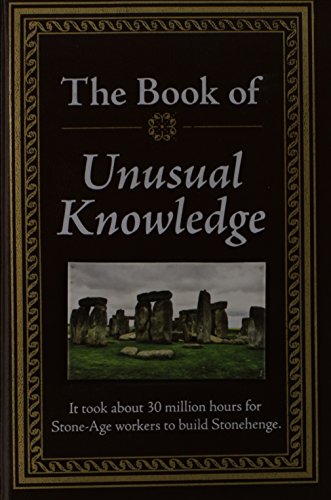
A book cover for The Book of Unusual Knowledge; Humor & Entertainment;